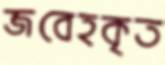
জবেহকৃত